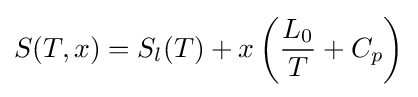
S(T,x)=S_{l}(T)+x\left({\frac {L_{0}}{T}}+C_{p}\right)